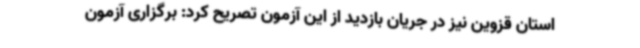
استان قزوین نیز در جریان بازدید از این آزمون تصریح کرد: برگزاری آزمون